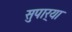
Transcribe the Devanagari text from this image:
सुपार्‍या